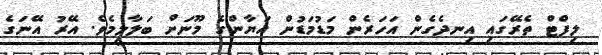
ލިފްޓް ތެރޭގައި އިނދެގެން އަހަރެން މަޑުމަޑުން އަޔާންގެ މޫނަށް ބަލާލީމެވެ. އޭރު އޭނަގެ